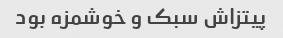
پیتزاش سبک و خوشمزه بود